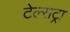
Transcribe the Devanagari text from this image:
टेल्‍सट्रा